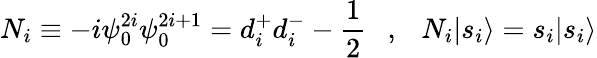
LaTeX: N_{i}\equiv-i\psi_{0}^{2i}\psi_{0}^{2i+1}=d_{i}^{+}d_{i}^{-}-\frac{1}{2}~~~,~~~N_{i}|{s_{i}}\rangle=s_{i}|{s_{i}}\rangle